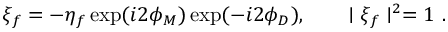
\xi _ { f } = - \eta _ { f } \exp ( i 2 \phi _ { M } ) \exp ( - i 2 \phi _ { D } ) , \qquad \mid \xi _ { f } \mid ^ { 2 } = 1 ~ .